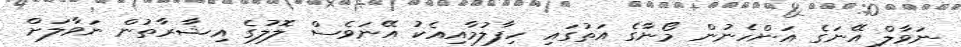
ނަވާލް އޭނަގެ އަންހެނުން މޯނާގެ އަތުގައި ހިފާލުމާއިއެކު އޭނަވެސް ލޮލުގެ އިޝާރާތުން ނަވާލަށް